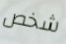
شخص